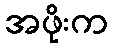
အဖိုးက